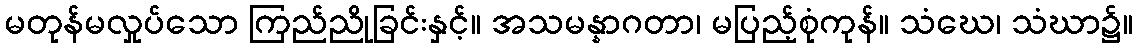
မတုန်မလှုပ်သော ကြည်ညိုခြင်းနှင့်။ အသမန္နာဂတာ၊ မပြည့်စုံကုန်။ သံဃေ၊ သံဃာ၌။